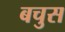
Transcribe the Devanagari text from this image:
बचुस